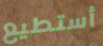
أستطيع